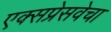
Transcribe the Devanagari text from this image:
एक्सप्रेसवेचा